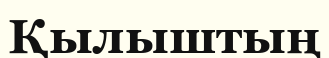
Қылыштың